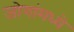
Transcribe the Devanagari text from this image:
जोगांमध्ये